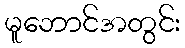
မူဘောင်အတွင်း